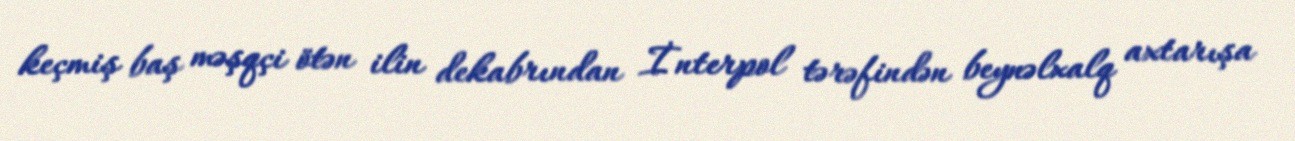
keçmiş baş məşqçi ötən ilin dekabrından İnterpol tərəfindən beynəlxalq axtarışa